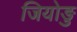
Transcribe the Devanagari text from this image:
जियोङु